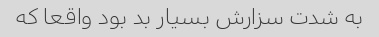
به شدت سزارش بسیار بد بود واقعا که